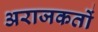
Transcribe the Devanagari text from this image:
अराजकतों